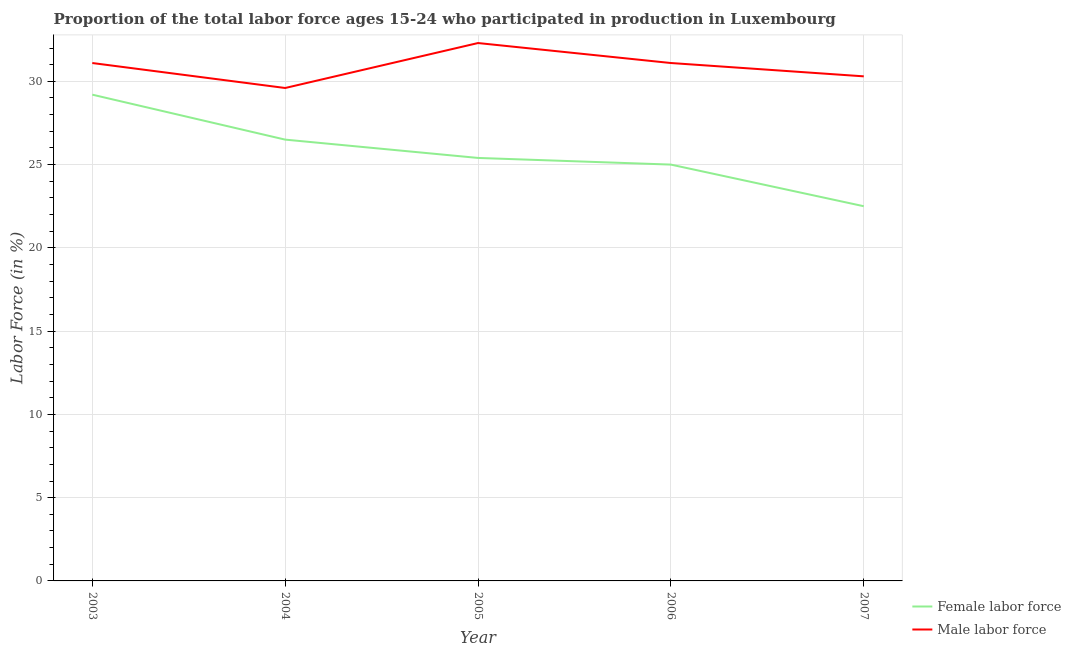
| Year | Female labor force | Male labor force |
 | --- | --- | --- |
 | 2003 | 29.2 | 31.1 |
 | 2004 | 26.5 | 29.6 |
 | 2005 | 25.4 | 32.3 |
 | 2006 | 25 | 31.1 |
 | 2007 | 22.5 | 30.3 |